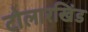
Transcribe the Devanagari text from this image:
टोलारखिंड